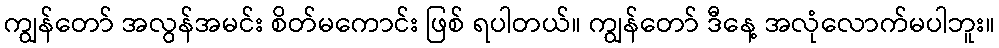
ကျွန်တော် အလွန်အမင်း စိတ်မကောင်း ဖြစ် ရပါတယ်။ ကျွန်တော် ဒီနေ့ အလုံလောက်မပါဘူး။